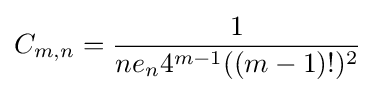
C_{m,n}={\frac {1}{ne_{n}4^{m-1}((m-1)!)^{2}}}